Document type: Oath
Year: 1405
Scribe: Guillem de Lledó
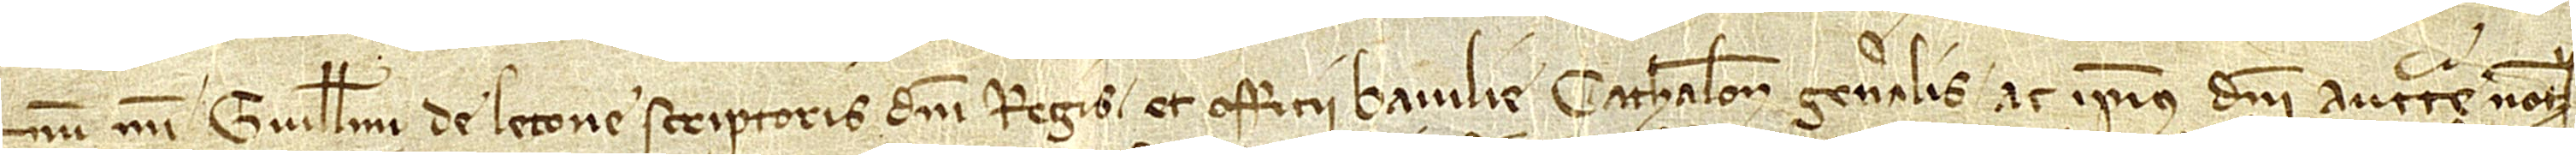
num Guillelmi de Letone, scriptoris domini regis et officii Baiulie Cathalonie Generalis ac ipsius domini auctoritate notarii